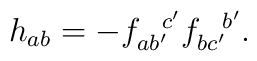
h_{ab} = -f_{ab'}^{~~c'}f_{bc'}^{~~b'}.